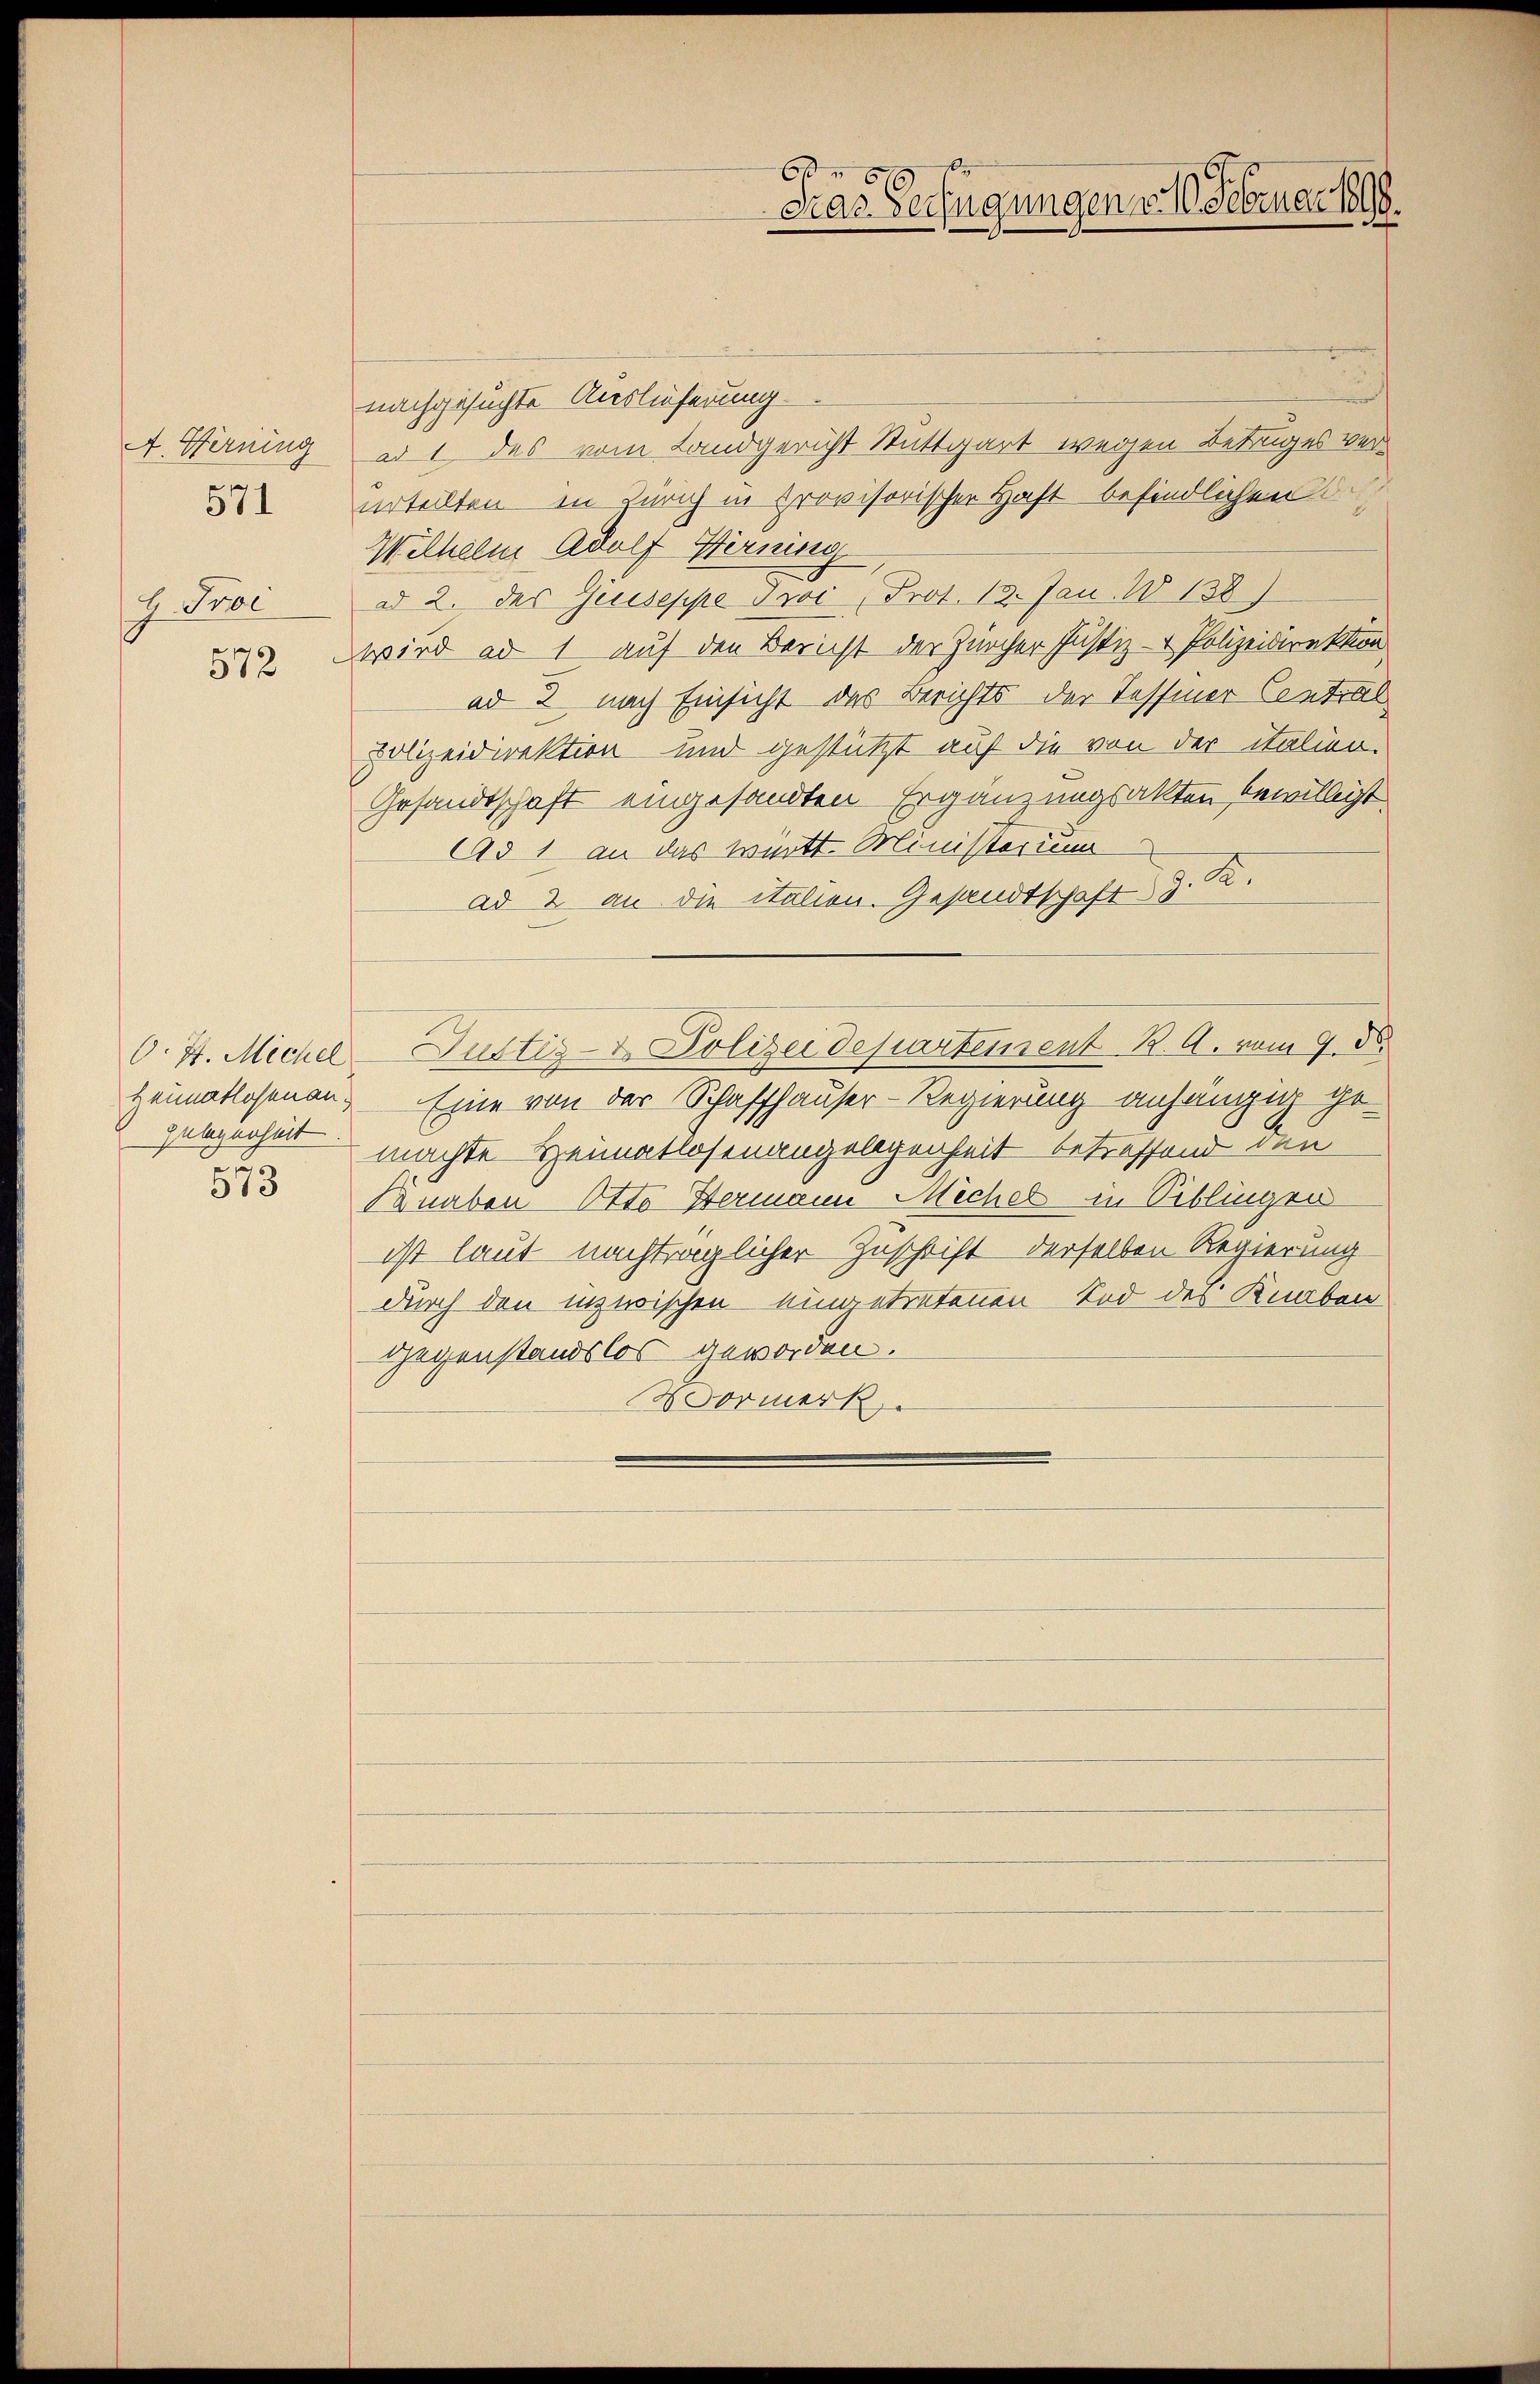
A. Hernung
H. Proe

571

572

Zulegenheit
2

513

nachgesuchte Auslieferung.
ad 1 des vom Landgericht Stuttgart wegen Betruges verurteilten in Zürich in provisorischen Haft befindlichen A
Wilhelm Adolf Werning
ad 2. des Geiseppe Ivi, Prot. 12. Jan. 1138)
wird ad 1, auf den Bericht der Zürcher Justiz- & Polizeidirektion
ad 2 nach Einsicht des Berichts der Tessiner Central
polizeidirektion und gestützt auf die von der italien.
Gesandtschaft eingesandten Ergänzungsakten bewilligt
Ad 1 an das württ. Ministerium
ad 2 an die italien. Gesandtschaft z. B.
O. 4. Michel Justiz- & Polizeidepartement K. A. vom 9. ds.
Heimatlosenau. Eine von der Schaffhauser-Regierung anhängig ge-
machte Heimatlosenangelegenheit betreffend den
Knaben Otto Hermann Michel in Biblingen
ist laut nachträglicher Zuschrift derselben Regierung
durch den inzwischen eingetretenen Tod des Knaben
gegenstandslos geworden.
Vormerk

6
Das Verfügungen 316. Februar 1890.